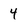
Character: 4